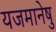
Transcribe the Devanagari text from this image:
यजमानेषु